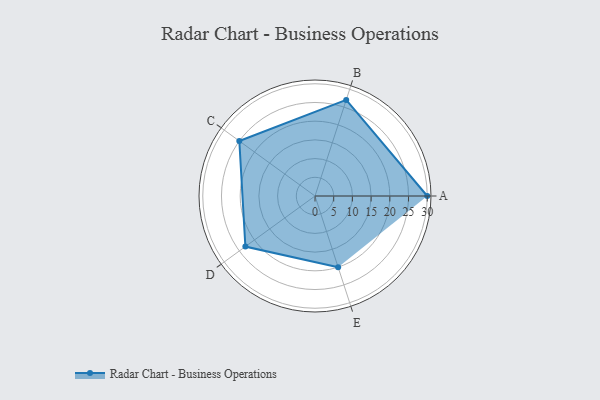
{"axis": {"x": "Skill", "y": "Score"}, "legend": ["Profile"], "data": [{"x": "A", "y": 30.0, "type": "Profile"}, {"x": "B", "y": 27.0, "type": "Profile"}, {"x": "C", "y": 25.0, "type": "Profile"}, {"x": "D", "y": 23.0, "type": "Profile"}, {"x": "E", "y": 20, "type": "Profile"}]}